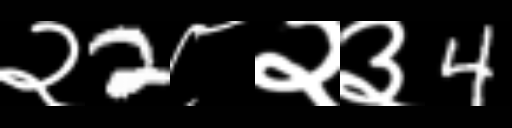
Text: २2८२३4